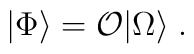
|\Phi\rangle = {\cal O}|\Omega\rangle\; .